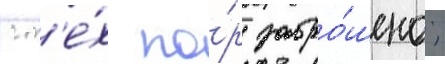
с т'е́х по́р забро́шено;